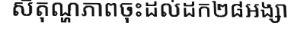
សីតុណ្ហភាពចុះដល់ដក២៨អង្សា